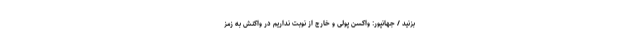
بزنید / جهانپور: واکسن پولی و خارج از نوبت نداریم در واکنش به زمز